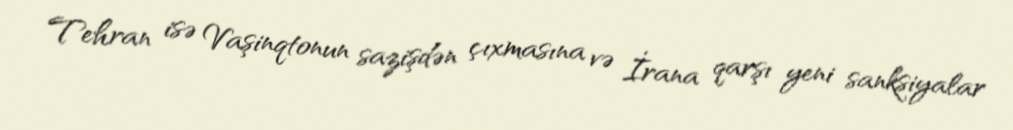
Tehran isə Vaşinqtonun sazişdən çıxmasına və İrana qarşı yeni sanksiyalar